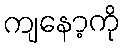
ကျနော့ကို